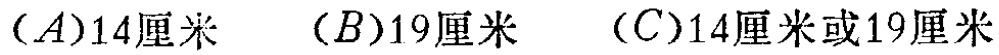
$(A)14\text{厘米}\quad (B)19\text{厘米}\quad (C)14\text{厘米或}19\text{厘米}$